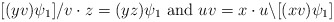
\begin{align*}[(yv)\psi_1]/v\cdot z=(yz)\psi_1~\textrm{and}~uv=x\cdot u\backslash [(xv)\psi_1]\end{align*}